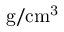
\mathrm { { g } / \mathrm { { c m } ^ { 3 } } }